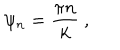
\psi _ { n } = { \frac { \pi n } { k } } \ ,